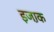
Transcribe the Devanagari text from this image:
इजा़क